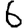
Digit: 6